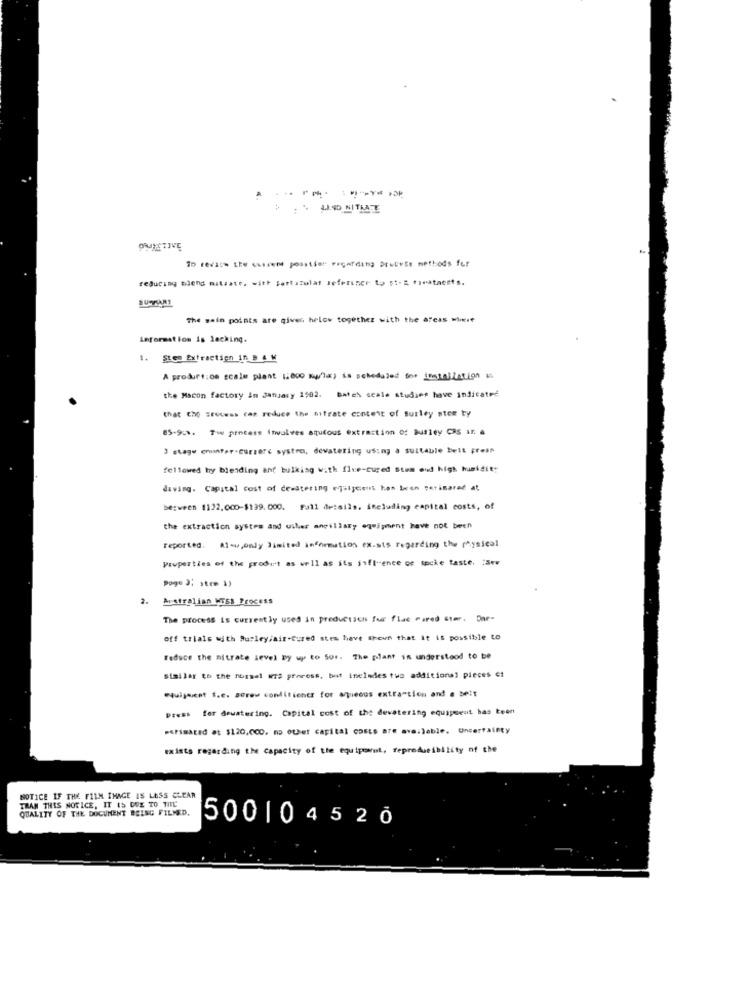
OMEETIVE
To revise the owszem position regarding Drubele methods for
reducing blend mitrate, with Sortazulas reference to si- 2 foratnects.
The main points are giver, helow together with the areas wiele
information is lacking.
1.
Sten Extraction In B & M
A produrt:os scale plant [.000 kw/la) is scheduled for installation a
the Macon factory in January 1502. Bateh scale studies have indicated
that chp srecess can reduce the nitrate content of surley stem ty
85-9-3. The process Involves aqutous extraction of Burley CRS Ir. a
3 stage enunter-curzere systra, dewatering using a suitable belt Fresh
followed by blending ant bulkisg with five-cured Stum end high humidity
diving. Capital cost of dewatering equipeens has been parisared at
between 1122,000-$139. 000. Full details, including capital costs, of
the extraction system and usher ancillary equipment have not been
reported.
Al-w,only limited information ex.sts regarding the physical
Properties of the prode't as well as its influence of mecke taste, : Sev
Pogo 3; stem 1)
2.
Australian MTSB Process
The process is currently used in production for flue Pared ster. Dar-
off trials with Surley/air-cured stem have Shown that it is possible to
reduce the nitrate Level by up to 50r. The plant in understood to be
similar to the nomsel wis process, but includes two additional pieces et
equipment f.c. aCrew conditioner for aqueous extra"tion and a belt
Dress for dewatering. Capital cost of the dewatering equipeeut bas teen
perimated at $120,000, no Other capital cDELS are available. uncertainty
exists regarding the Capacity of the equipoorust, reproducibility of the
NOTICE IF THE FILM IMAGE IS LESS CLEAR
ITS NOTICE, IT IS DUE TO TIL
QUALITY OF THE DOCUMENT BEING FILMED.
500104520